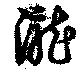
滝